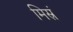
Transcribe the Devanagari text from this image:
मिस्रं